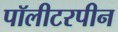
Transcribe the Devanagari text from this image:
पॉलीटरपीन